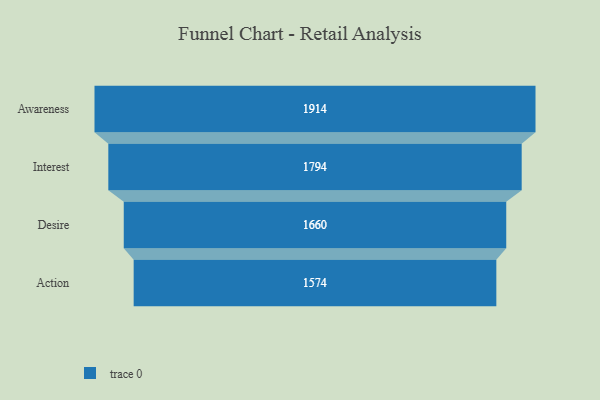
{"axis": {"x": "Stage", "y": "Value"}, "legend": [""], "data": [{"x": "Awareness", "y": 1914.0, "type": ""}, {"x": "Interest", "y": 1794.0, "type": ""}, {"x": "Desire", "y": 1660.0, "type": ""}, {"x": "Action", "y": 1574.0, "type": ""}]}